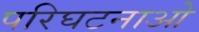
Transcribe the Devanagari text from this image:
परिघटनाओ